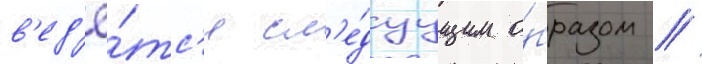
в'ед'ё́тс'я сл'е́дуущим о́бразом //